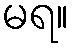
မရ။